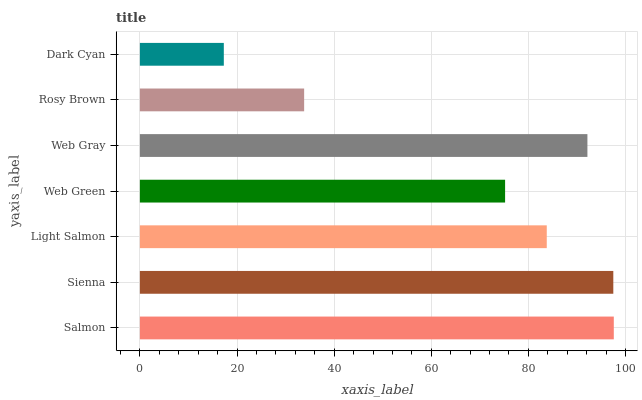
| yaxis_label | bars |
 | --- | --- |
 | Salmon | 97.6 |
 | Sienna | 97.5 |
 | Light Salmon | 83.8 |
 | Web Green | 75.2 |
 | Web Gray | 92.2 |
 | Rosy Brown | 33.8 |
 | Dark Cyan | 17.3 |